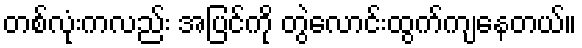
တစ်လုံးကလည်း အပြင်ကို တွဲလောင်းထွက်ကျနေတယ်။